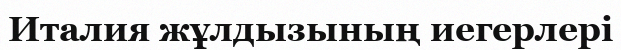
Италия жұлдызының иегерлері